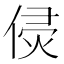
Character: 𠊸